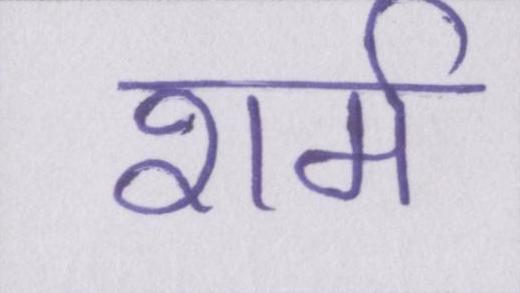
शर्म